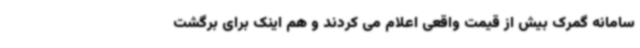
سامانه گمرک بیش از قیمت واقعی اعلام می کردند و هم اینک برای برگشت